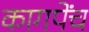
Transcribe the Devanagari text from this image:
कागपेंच